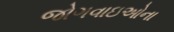
જોગવાઇઓના